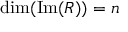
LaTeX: \mathrm { d i m ( I m } ( R ) ) = n